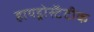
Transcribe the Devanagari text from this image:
हायड्रोस्टॅटीक